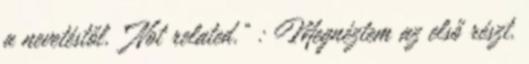
a nevetéstől. “Not related.” : Megnéztem az első részt.